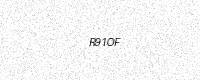
Text: R91OF